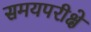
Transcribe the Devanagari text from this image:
समयपरीक्षे